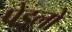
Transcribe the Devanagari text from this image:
पेड्लों